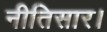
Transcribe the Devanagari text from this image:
नीतिसार।